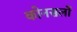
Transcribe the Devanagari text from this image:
कोनसलों